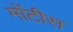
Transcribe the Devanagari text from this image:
मोंटीस